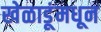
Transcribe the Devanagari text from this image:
खेळाडूंमधून